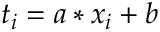
t _ { i } = a * x _ { i } + b